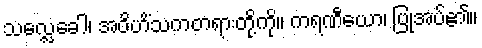
သလ္လေခေါ၊ အဝိဟိံသကတရားတို့ကို။ ကရဏီယော၊ ပြုအပ်၏။